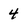
Character: 4